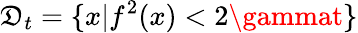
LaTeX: \mathfrak{D}_{t}=\{ x|f^{2}(x)<2\gammat\}